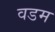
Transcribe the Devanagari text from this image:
वडम